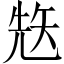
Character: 𥏋